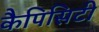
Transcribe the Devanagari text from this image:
कैपिसिटी